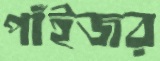
পাঁইজর